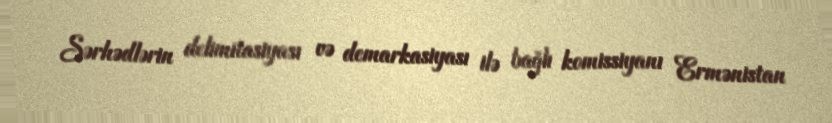
Sərhədlərin delimitasiyası və demarkasiyası ilə bağlı komissiyanı Ermənistan